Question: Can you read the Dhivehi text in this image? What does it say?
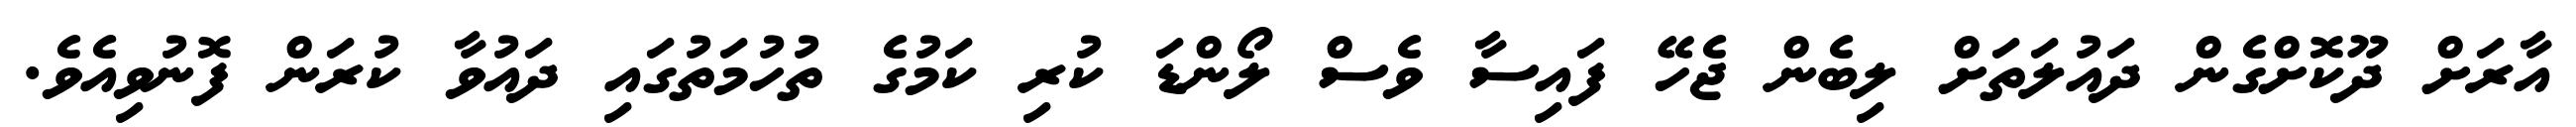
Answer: އާރަށް ދޫކޮށްގެން ދައުލަތަށް ލިބެން ޖެހޭ ފައިސާ ވެސް ލޯންޑަ ކުރި ކަމުގެ ތުހުމަތުގައި ދައުވާ ކުރަން ފޮނުވިއެވެ.